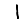
Digit: 1